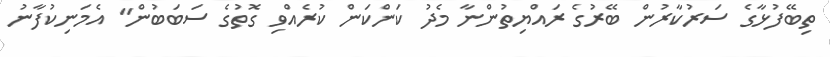
ތިބޭފުޅާގެ ސަރުކާރުން ބޭރުގެ ރައްޔިތުންނާ މެދު ކަންކަން ކުރެއްވި ގޮތުގެ ސަބަބުން" އެމަނިކުފާނު